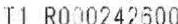
T1 R000242600